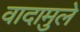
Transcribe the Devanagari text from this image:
वादामुले